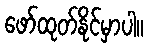
ဖော်ထုတ်နိုင်မှာပါ။